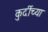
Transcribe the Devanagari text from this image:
कुर्दीच्या